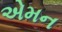
એમન